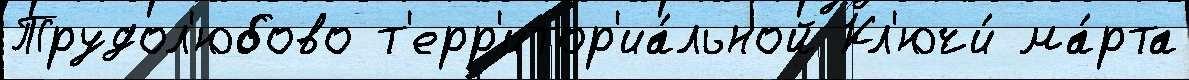
Трудол'юбово т'ерр'итор'иа́льной Кл'ючи́ ма́рта